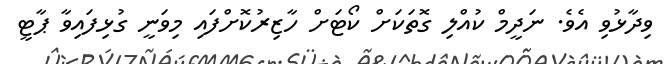
ވިދާޅުވި އެވެ. ނަދީމް ކުއްލި ގޮތަކަށް ކޯޓަށް ހާޒިރުކޮށްފައި މިވަނީ ގުޅިފައިވާ ޕާޓީ